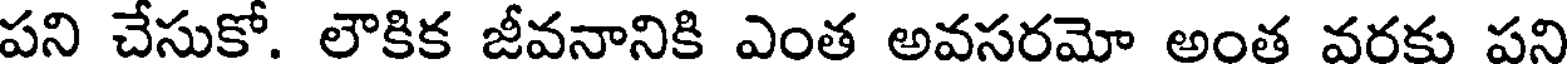
పని చేసుకో. లౌకిక జీవనానికి ఎంత అవసరమో అంత వరకు పని